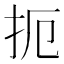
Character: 扼